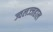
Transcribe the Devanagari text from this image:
ज्वलज्जहाल